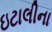
ઇટાલીના